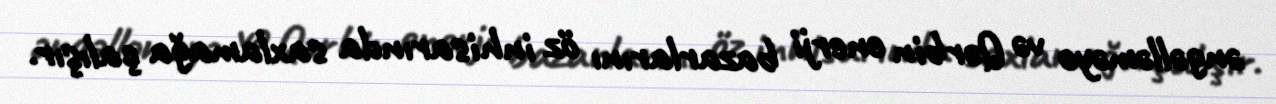
əngəlləməyə və Qərbin enerji bazarlarını öz inhisarında saxlamağa çalışır.